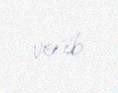
verib.